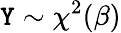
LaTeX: \mathtt{Y}\sim\chi^{2}(\beta)